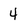
Character: 4